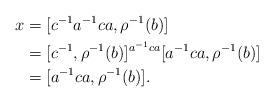
LaTeX: \begin{align*} x&=[c^{-1}a^{-1}ca, \rho^{-1}(b)]\\ &=[c^{-1}, \rho^{-1}(b)]^{a^{-1}ca}[a^{-1}ca,\rho^{-1}(b)] \\ &=[a^{-1}ca, \rho^{-1}(b)]. \end{align*}